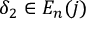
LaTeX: \delta _ { 2 } \in E _ { n } ( j )